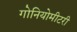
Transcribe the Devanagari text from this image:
गोनियोमीटरी